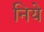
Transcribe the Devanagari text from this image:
निये